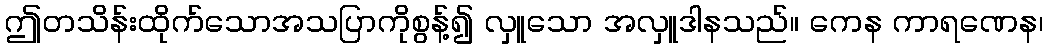
ဤတသိန်းထိုက်သောအသပြာကိုစွန့်၍ လှူသော အလှူဒါနသည်။ ကေန ကာရဏေန၊